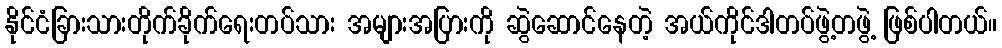
နိုင်ငံခြားသားတိုက်ခိုက်ရေးတပ်သား အများအပြားကို ဆွဲဆောင်နေတဲ့ အယ်ကိုင်ဒါတပ်ဖွဲ့တဖွဲ့ ဖြစ်ပါတယ်။